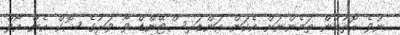
ނުވެ އޮތުމުން ތަމެންނަށް އެކަން އަންޑަރސްޓޭންޑް ވާ ވަރުގެ ޝޮކް އެން އޯވް